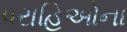
પરાહિઓના